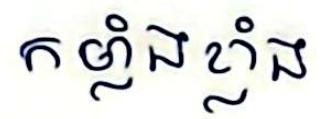
កម្លាំងខ្លាំង